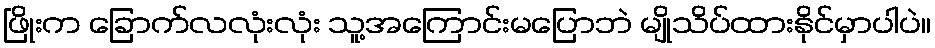
ဖြိုးက ခြောက်လလုံးလုံး သူ့အကြောင်းမပြောဘဲ မျိုသိပ်ထားနိုင်မှာပါပဲ။